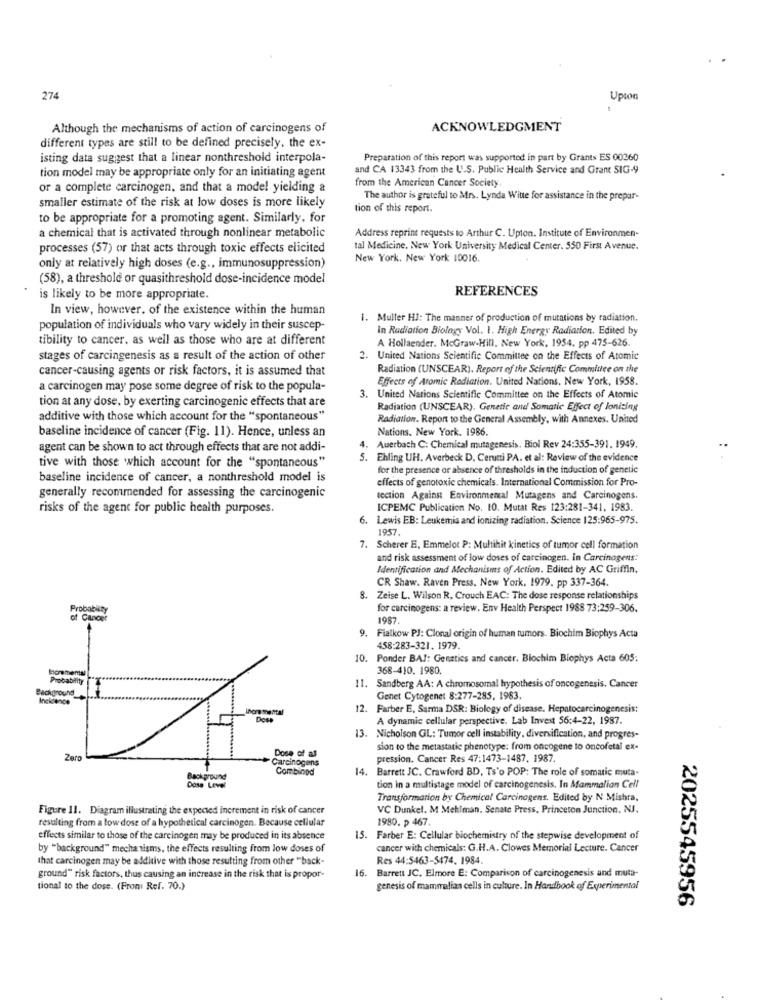
274
Upson
Although the mechanisms of action of carcinogens of
ACKNOWLEDGMENT
different types are still to be defined precisely. the ex-
isting data suggest that a linear nonthreshold interpola-
Preparation of this report was supported in part by Grants ES 00260
tion model may be appropriate only for an initiating agent
and CA 13343 from the U.S. Public Health Service and Grant SIG-9
from the American Cancer Society
or a complete carcinogen, and that a model yielding a
The author is grateful to Mrs. Lynda Witte for assistance in the prepar-
smaller estimate of the risk at low doses is more likely
tion of this report.
to be appropriate for a promoting agent. Similarly, for
a chemical that is activated through nonlinear metabolic
Address reprint requests to Arthur C. Upton. Institute of Environmen-
processes (57) or that acts through toxic effects elicited
tal Medicine, New York University Medical Center. 550 First Avenue.
New York, New York 10016.
only at relatively high doses (e.g ., immunosuppression)
(58), a threshold or quasithreshold dose-incidence model
REFERENCES
is likely to be more appropriate.
In view, however, of the existence within the human
1. Muller HJ: The manner of production of mutations by radiation.
population of individuals who vary widely in their suscep-
In Radiation Biology Vol. 1. High Energy Radiation. Edited by
tibility to cancer. as well as those who are at different
A Hollaender. McGraw-Hill. New York, 1954. pp 475-626.
stages of carcingenesis as a result of the action of other
2. United Nations Scientific Committee on the Effects of Atomic
cancer-causing agents or risk factors, it is assumed that
Radiation (UNSCEAR). Report of the Scientific Committee on the
Effects of Atomic Radiation. United Nations, New York, 1958.
a carcinogen may pose some degree of risk to the popula-
tion at any dose, by exerting carcinogenic effects that are
3. United Nations Scientific Committee on the Effects of Atomic
Radiation (UNSCEAR), Genetic and Somatic Effect of Ionizing
additive with those which account for the "spontaneous"
Radiation. Report to the General Assembly, with Annexes. United
baseline incidence of cancer (Fig. 11). Hence, unless an
Nations. New York. 1986
agent can be shown to act through effects that are not addi-
. Auerbach C: Chemical mutagenesis. Biol Rev 24:355-391. 1949.
tive with those which account for the "spontaneous"
5. Ehling UH. Averbeck D. Cerutti PA. et al: Review of the evidence
for the presence or absence of thresholds in the induction of genetic
baseline incidence of cancer, a nonthreshold model is
effects of genotoxic chemicals. International Commission for Pro-
generally recommended for assessing the carcinogenic
tection Against Environmental Mutagens and Carcinogens.
risks of the agent for public health purposes.
ICPEMC Publication No. 10. Mutat Res 123:281-341, 1983.
6. Lewis EB: Leukemia and ionizing radiation. Science 125:965-975.
1957
. Scherer E. Emmelot P: Multihit kinetics of tumor cell formation
and risk assessment of low doses of carcinogen. In Carcinogens:
Identification and Mechanisms of Action. Edited by AC Griffin,
CR Shaw. Raven Press. New York, 1979. pp 337-364.
8.
Zeise L. Wilson R, Crouch EAC: The dose response relationships
Probabisty
for carcinogens: a review. Env Health Perspect 1988 73:259-306.
of Cancer
1987.
9. Fialkow PJ: Clonal origin of human tumors. Biochim Biophys Acta
458:283-321. 1979.
10.
Ponder BAJ: Genetics and cancer. Biochim Biophys Acta 605:
368-410. 1980.
11.
ground
Sandberg AA: A chromosomal hypothesis of oncogenesis. Cancer
Genet Cytogene: 8:277-285, 1983.
. Farber E, Sarma DSR: Biology of disease. Hepatocarcinogenesis:
Dose
A dynamic cellular perspective. Lab Invest 56:4-22, 1987.
13.
Nicholson GL: Tumor cell instability, diversification, and progres-
sion to the metastatic phenotype: from oncogene to oncofetal ex-
Zaro
Carcinogens
Dose of al
pression. Cancer Res 47:1473-1487, 1987.
Combined
14. Barrett JC. Crawford BD, Ts'o POP: The role of somatic muta-
Background
Dose Level
tion in a multistage model of carcinogenesis. In Mammalian Cell
Transformation by Chemical Carcinogens. Edited by N Mishra,
Figure 11. Diagram illustrating the expected increment in risk of cancer
VC Dunkel. M Mehlman. Senate Press, Princeton Junction, NJ.
resulting from a low dose of a hypothetical carcinogen. Because cellular
1980. p 467
effects similar to those of the carcinogen may be produced in its absence
15. Farber E: Cellular biochemistry of the stepwise development of
by "background" mechanisms, the effects resulting from low doses of
cancer with chemicals: G.H.A. Clowes Memorial Lecture. Cancer
that carcinogen may be additive with those resulting from other "back-
Res 44:5463-5474. 1984.
ground" risk factors, thus causing an increase in the risk that is propor-
16. Barrett JC. Elmore E: Comparison of carcinogenesis and muta-
tional to the dose. (From Ref. 70.)
genesis of mammalian cells in culture. In Handbook of Experimental
2025545956